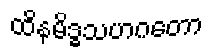
ထိနမိဒ္ဓသဟဂတော